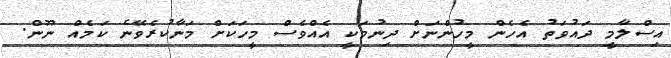
އިސްލާމީ ދައުވަތު އެހެން މީހުންނަށް ދިނުމަކީ އެއްވެސް މީހަކަށް މަނާކުރެވޭނެ ކަމެއް ނޫން.